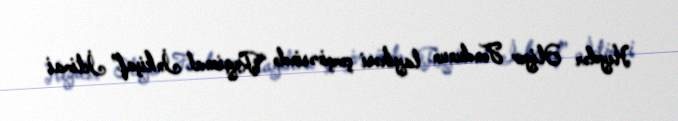
Heydər Əliyev Fondunun layihəsi çərçivəsində “Regional İnkişaf” İctimai